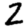
Digit: 2